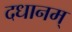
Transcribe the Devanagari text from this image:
दधानम्‌